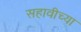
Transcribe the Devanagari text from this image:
सहावीच्या